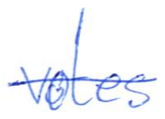
Text: votes
Cross-out: mix
Writing tool: ballpoint